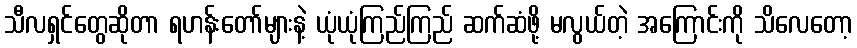
သီလရှင်တွေဆိုတာ ရဟန်းတော်များနဲ့ ယုံယုံကြည်ကြည် ဆက်ဆံဖို့ မလွယ်တဲ့ အကြောင်းကို သိလေတော့